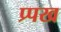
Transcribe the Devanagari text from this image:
प्र्पख